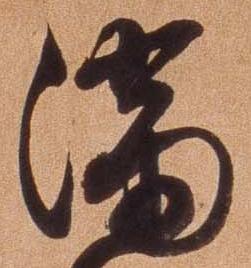
満